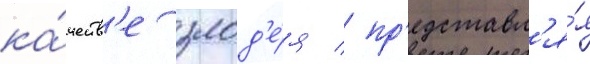
ка́честв'е злод'е́я / пр'едставл'я́я